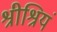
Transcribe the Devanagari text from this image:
श्रीश्रियं